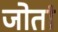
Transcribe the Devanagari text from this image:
जोतां